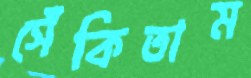
সেঁকিতাম